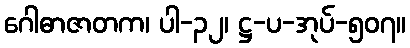
ဂေါဓာဇာတက၊ ပါ-၃၂၊ ဋ္ဌ-ပ-အုပ်-၅၀၇။